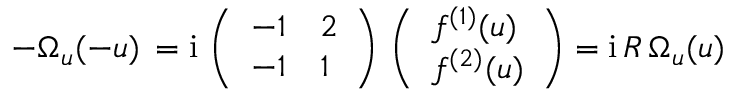
- \Omega _ { u } ( - u ) \, = \mathrm { i } \, \left( \begin{array} { l l } { { - 1 } } & { { 2 } } \\ { { - 1 } } & { { 1 } } \end{array} \right) \, \left( \begin{array} { l } { { f ^ { ( 1 ) } ( u ) } } \\ { { f ^ { ( 2 ) } ( u ) } } \end{array} \right) = \mathrm { i } \, R \, \Omega _ { u } ( u )